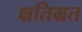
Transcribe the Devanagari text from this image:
क्षतिग्रत